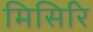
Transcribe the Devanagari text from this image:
मिसिरि